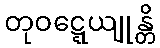
တုဝဋ္ဋေယျုန္တိ